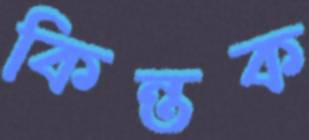
কিন্তক